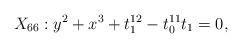
LaTeX: \begin{align*}X_{66}: y^2+x^3+t_1^{12}-t_0^{11}t_1 = 0, \end{align*}